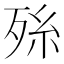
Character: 𭮑